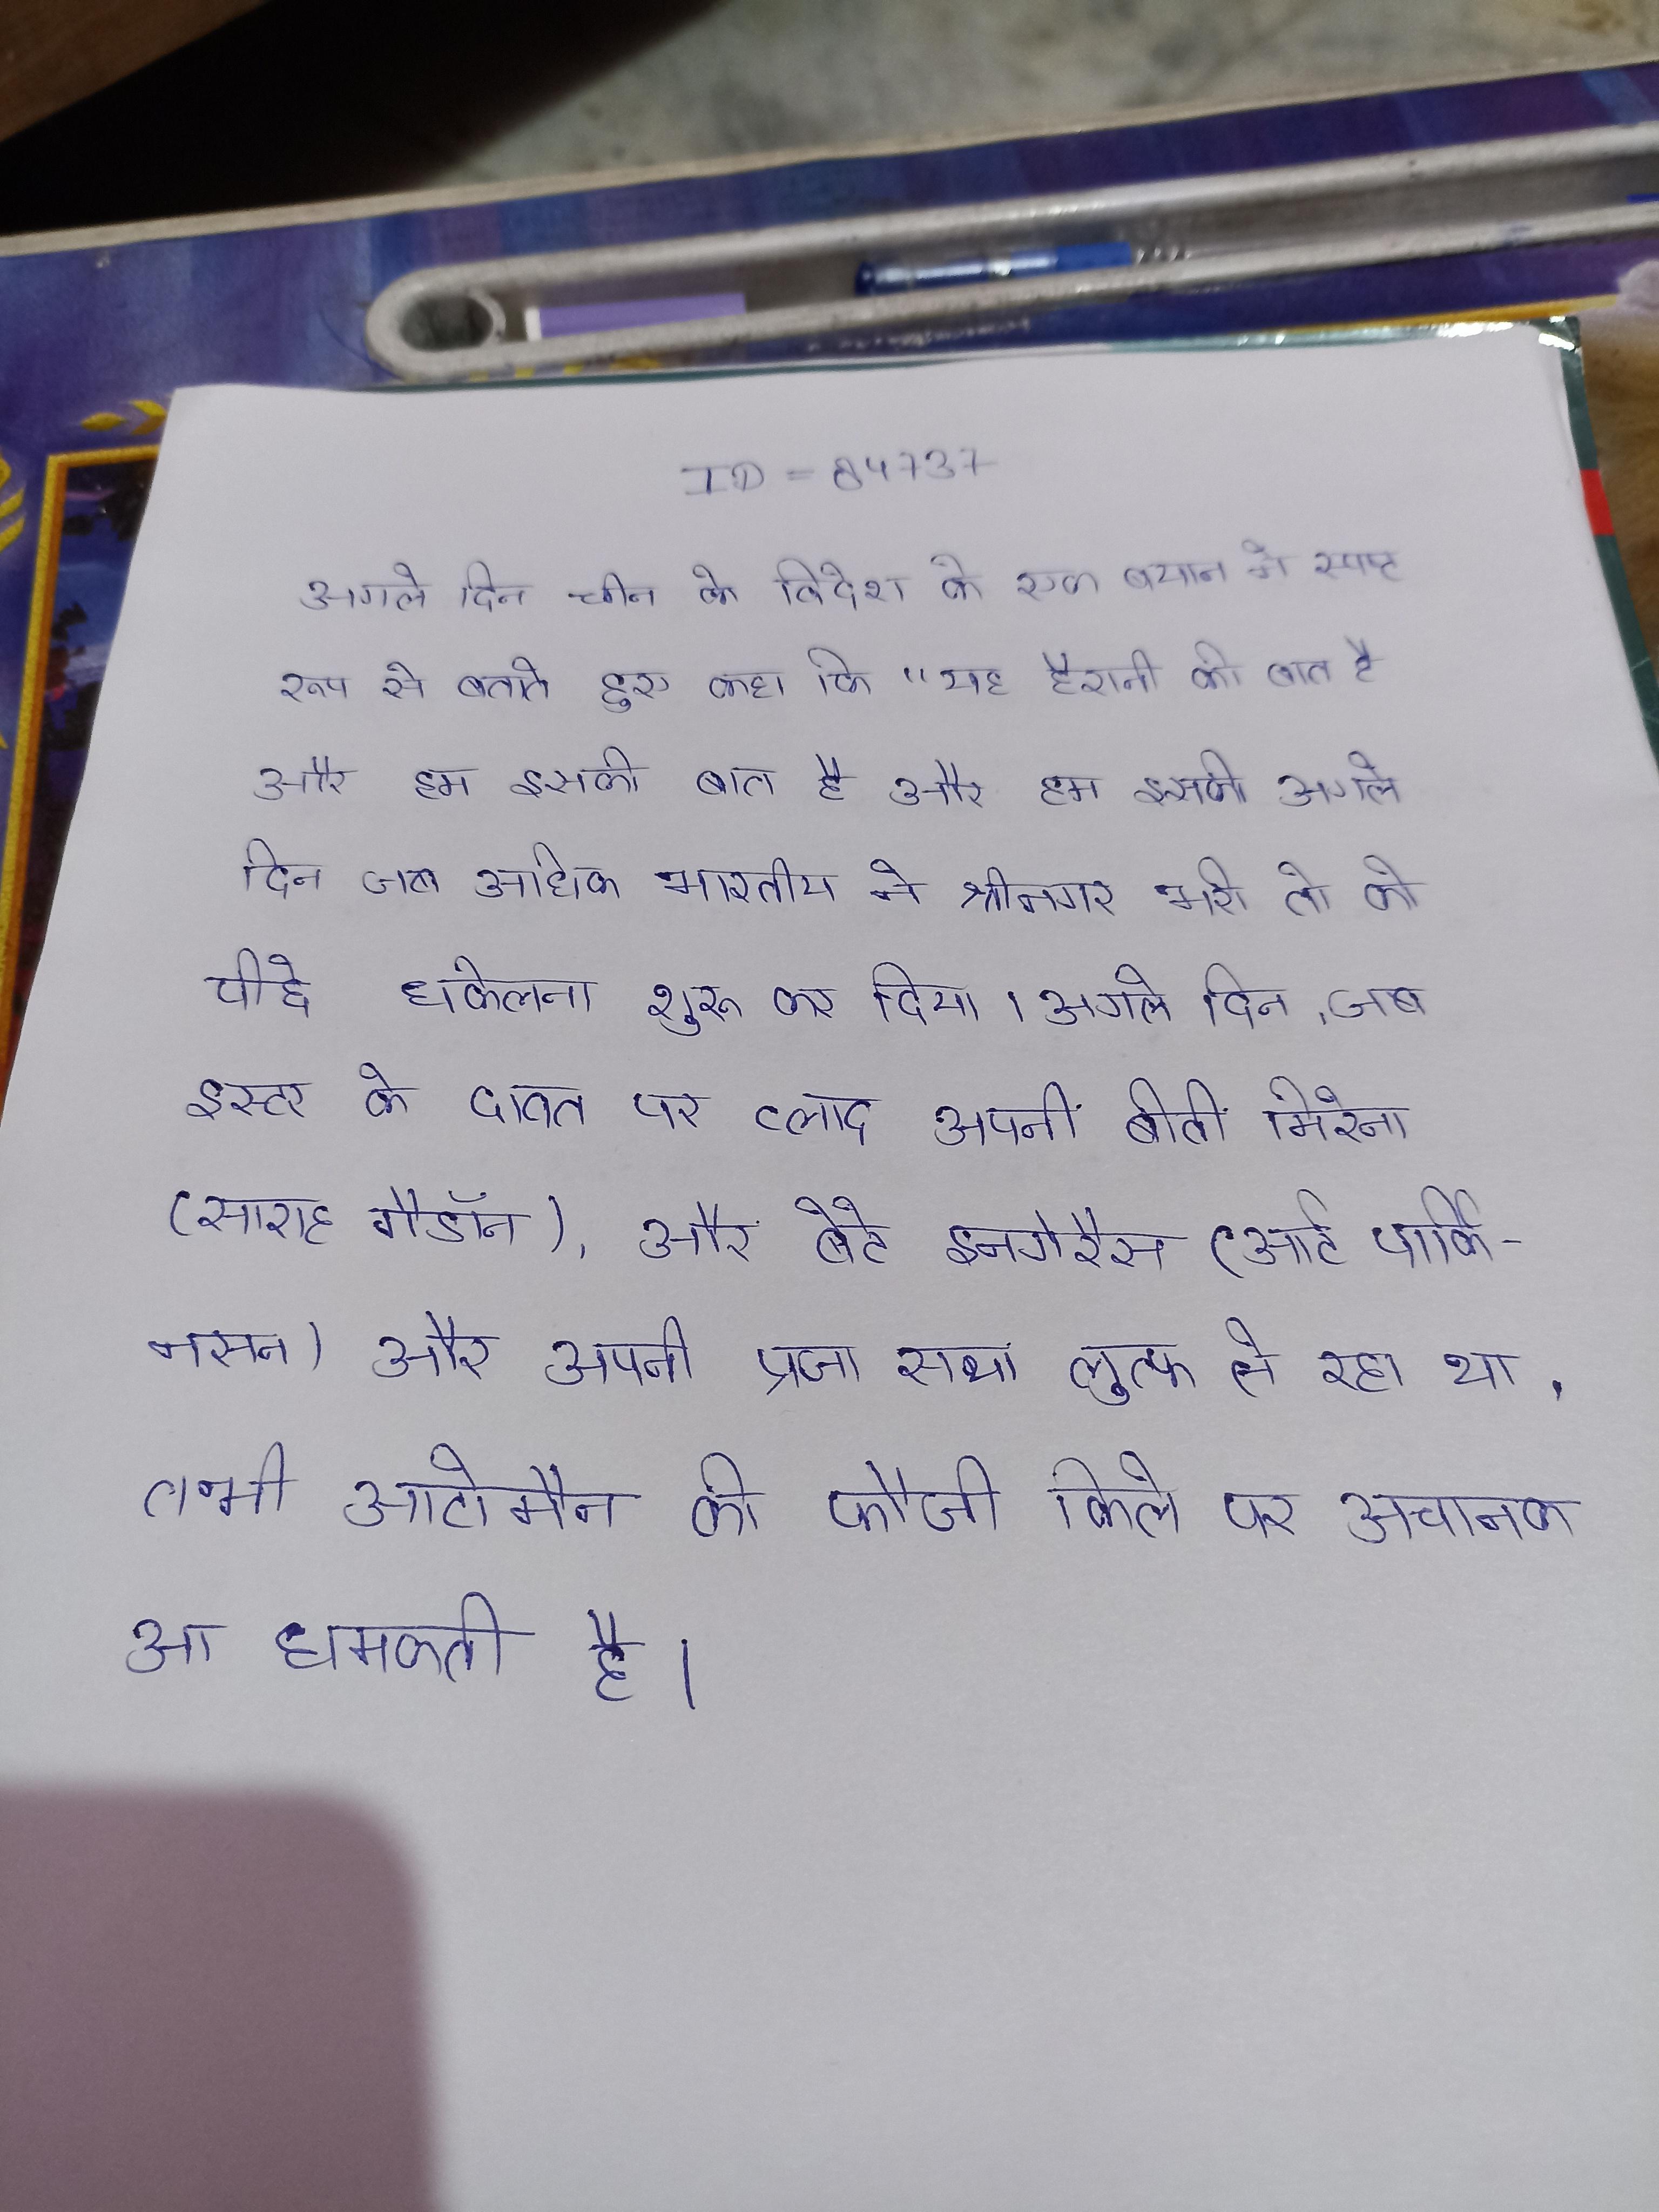
अगले दिन चीन के विदेश के एक बयान ने स्पष्ट रूप से बताते हुए कहा कि "यह हैरानी की बात है और हम इसकी अगले दिन जब अधिक भारतीय ने श्रीनगर भरी, तो को पीछे धकेलना शुरू कर दिया । अगले दिन, जब इस्टर के दावत पर व्लाद अपनी बीवी मिरेना (साराह गैडाॅन), और बेटे इनगेरैस (आर्ट पार्किनसन), और अपनी प्रजा साथ लुत्फ ले रहा था, तभी ऑटोमैन की फौजी किले पर अचानक आ धमकती है ।